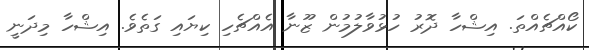
ކޯއްޗެއްތަ. އިޝްހާ ދޮރު ހުޅުވާލުމުން ޒޫނާ އެއްޗެހި ކިޔައި ގަތެވެ. އިޝްހާ މިދަނީ